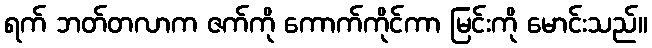
ရက် ဘတ်တလာက ဇက်ကို ကောက်ကိုင်ကာ မြင်းကို မောင်းသည်။